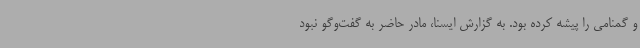
و گمنامی را پیشه کرده بود. به گزارش ایسنا، مادر حاضر به گفت‌وگو نبود